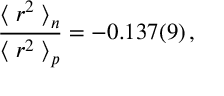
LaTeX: { \frac { \bigm < r ^ { 2 } \bigm > _ { n } } { \bigm < r ^ { 2 } \bigm > _ { p } } } = - 0 . 1 3 7 ( 9 ) \, ,